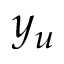
y _ { u }